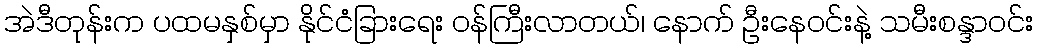
အဲဒီတုန်းက ပထမနှစ်မှာ နိုင်ငံခြားရေး ဝန်ကြီးလာတယ်၊ နောက် ဦးနေဝင်းနဲ့ သမီးစန္ဒာဝင်း